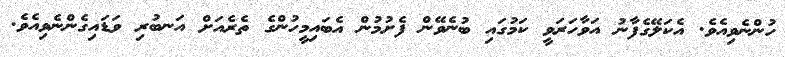
ހުންނެވިއެވެ. އެކަލޭގެފާނު އަވާހަރަވީ ކަމުގައި ބުނެވޭން ފެށުމުން އެބައިމީހުންގެ ތެރެއަށް އަނބުރި ވަޑައިގެންނެވިއެވެ.